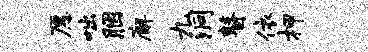
愿咄胭廨九洞瞽依柙